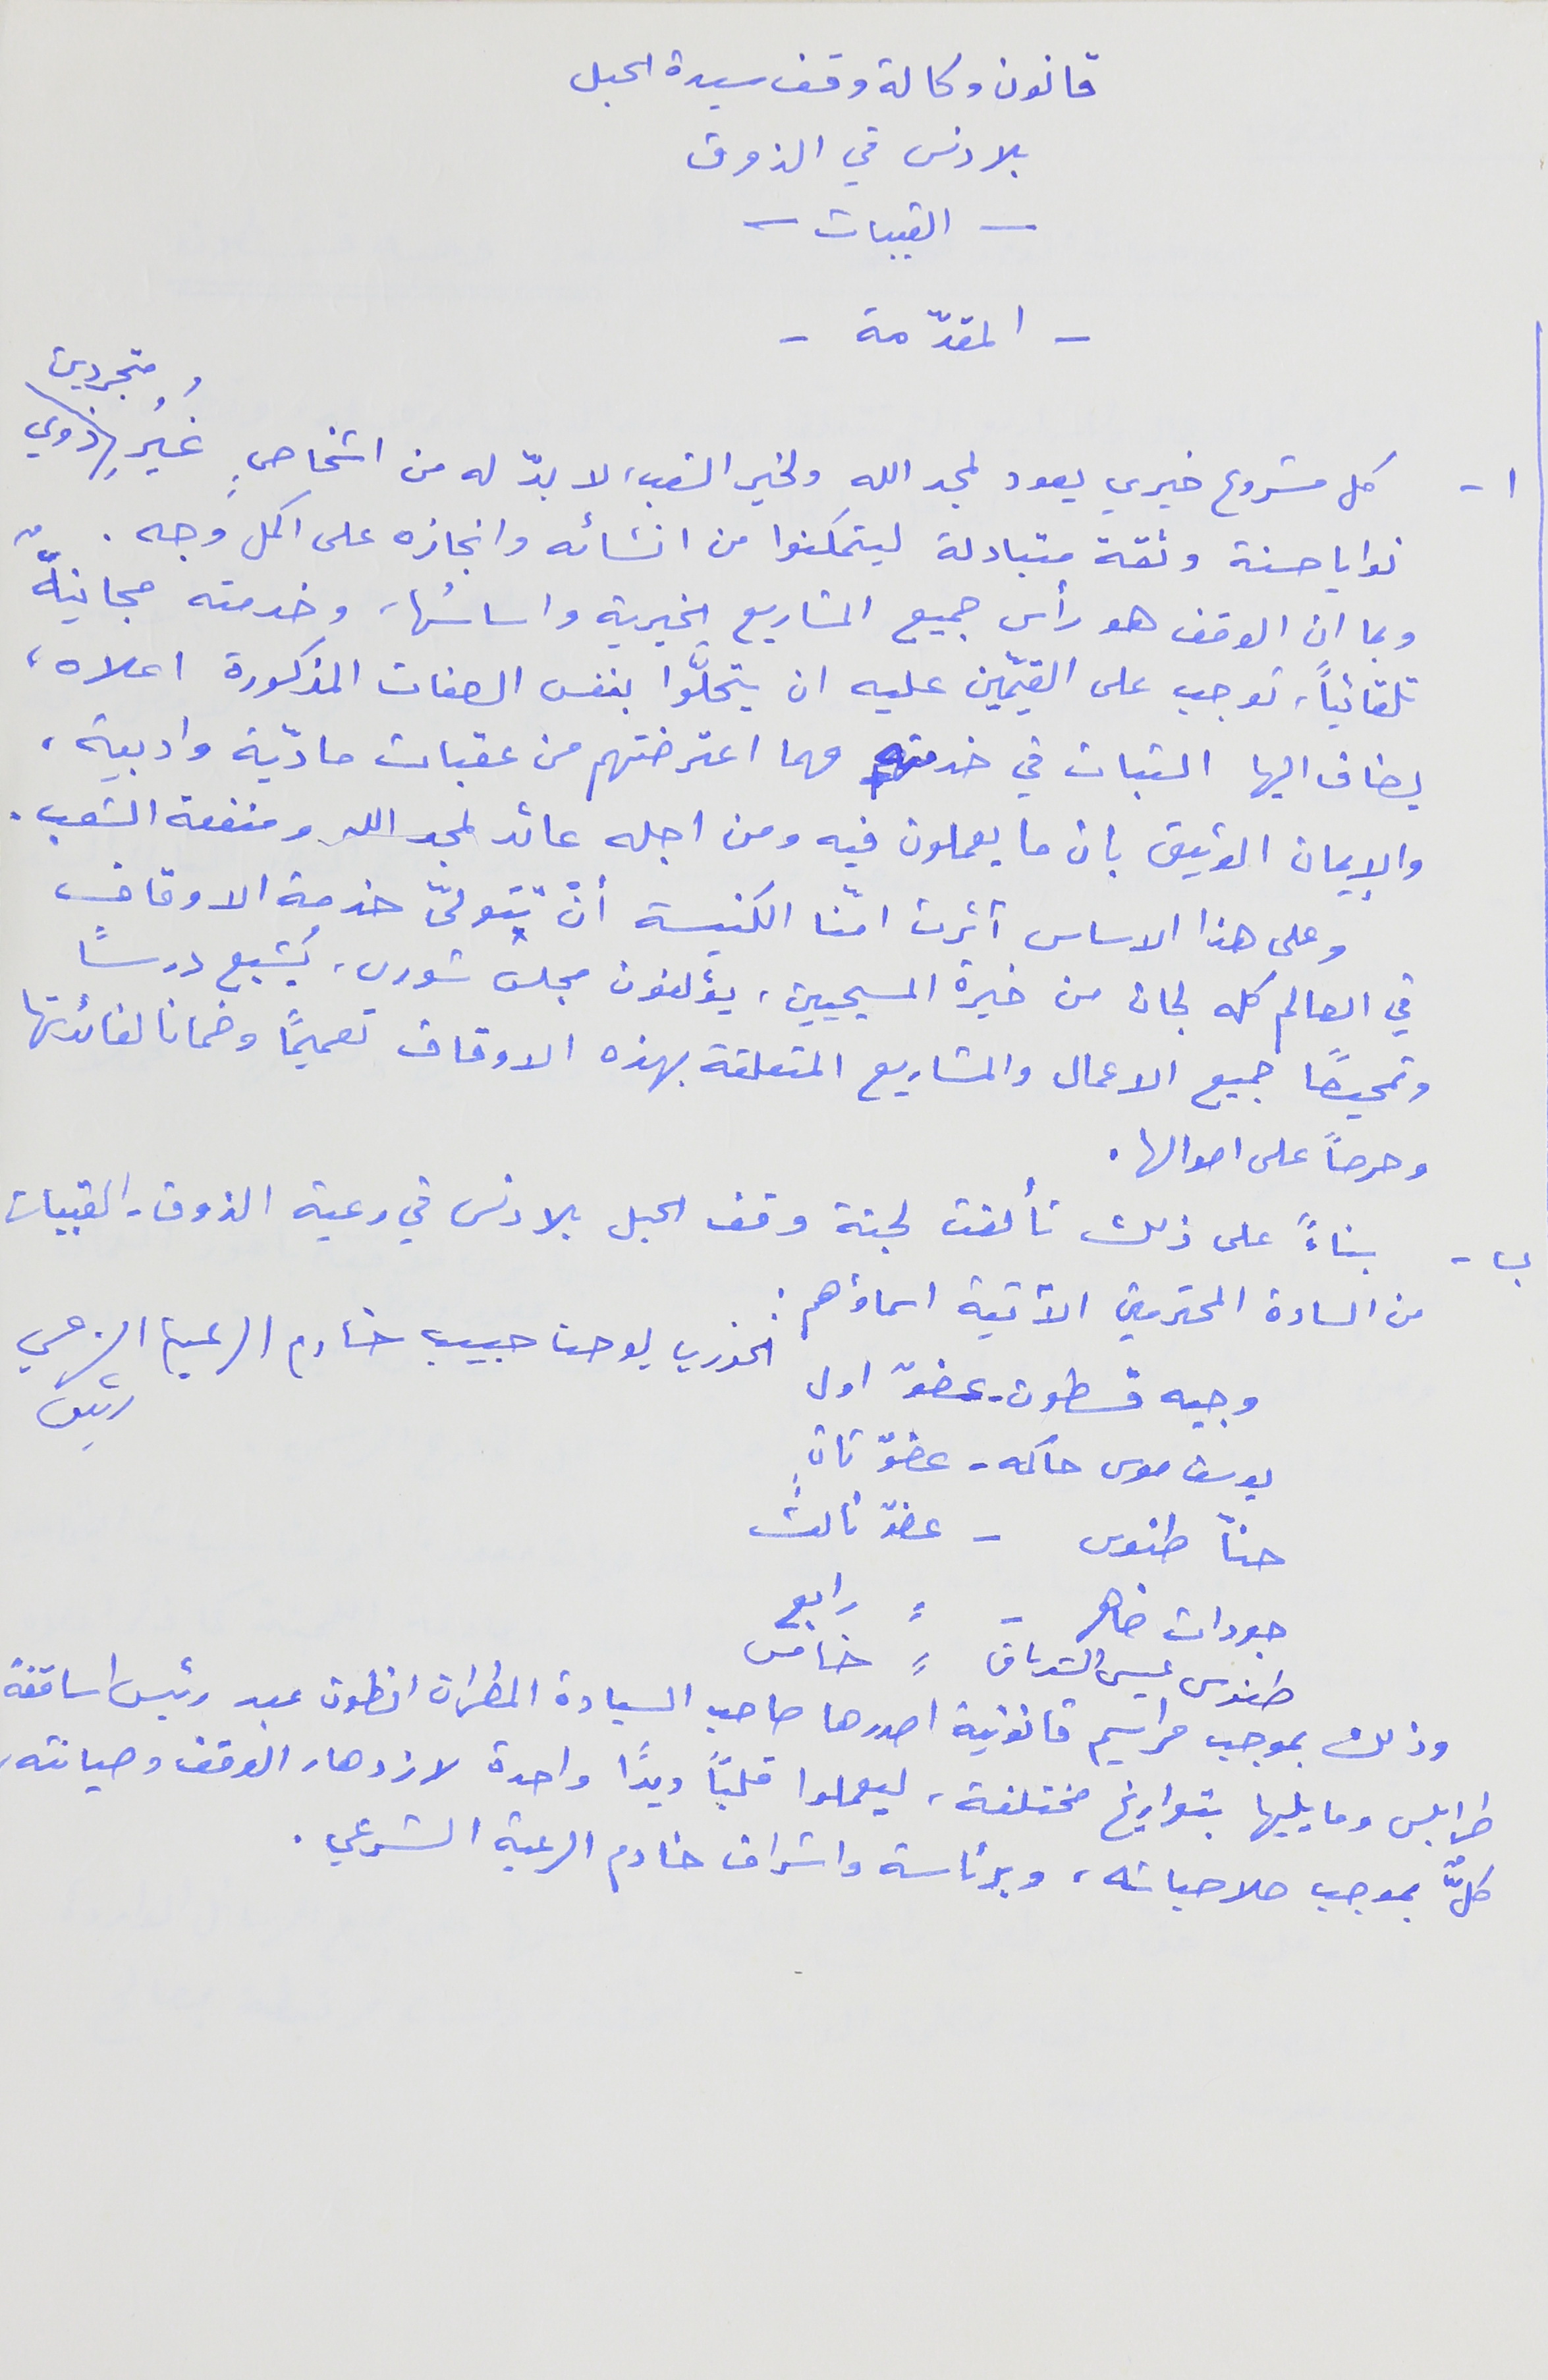
قانون وكالة وقف سيدة الحبل
بلا دنس في الذوق
- القبيات -
- المقدّمة -
١- كل مشروع خيري يعود لمجد الله ولخير الشعب, لا بدّ له من اشخاصٍ غُيُرِ متجردين ذوي
نوايا حسنة وثقة متبادلة ليتمكنوا من انشائه وانجازه على اكمل وجه .
وبما ان الوقف هو رأس جميع المشاريع الخيرية واساسُها، وخدمته مجانيةً
تلقائياً، توجب على القيمّين عليه ان يتحلّوا بنفس الصفات المذكورة اعلاه،
يضاف اليها الثبات في خدمته مهما اعترضتهم من عقبات مادّية وادبية،
والإيمان الوثيق بان ما يعملون فيه ومن اجله عائد لمجد الله ومنفعة الشعب .
 وعلى هذا الاساس أثرت امّنا الكنيسة أنّ تتولىّ خدمة الاوقاف
في العالم كله لجان من خيرة المسيحيين، يؤلفون مجلس شورى. يُشبع درساً
وتمحيصاً جميع الاعمال والمشاريع المتعلقة بهذه الاوقاف تعميماً وضمانا لفائدتها
وحرصاً على اموالها .
ب - بناءً على ذلك تألفت لجنة وقف الحبل بلا دنس في رعية الذوق- القبيات
من السادة المحترمين الآتية اسماؤهم :
وجيه قسطون - عضوّ اول                        الخوري يوحنا حبيب خادم الرعية الشرعي رئيس
يوسف موسى حاكمه – عضوّ ثان
حنآ طنوس - عضوّ ثالث
جودات ضاهر -     ⸗    رابع
وذلك بموجب مراسيم قانونية اصدرها صاحب السيادة المطران انطون عبد رئيس اساقفة
طرابلس وما يليها بتواريخ مختلفة، ليعملوا قلباً ويداً واحدة لازدهار الوقف وصيانته،
كلٌّ بموجب صلاحياته، وبرئاسة واشراف خادم الرعية الشرعي .
طنوس عيسى الشدياق     ⸗     خامس